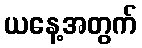
ယနေ့အတွက်